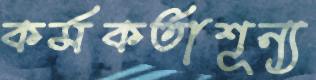
কর্মকর্তাশূন্য